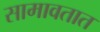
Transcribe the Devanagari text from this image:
सामावतात